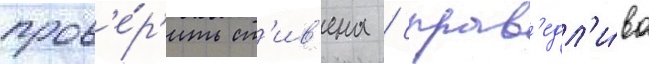
пров'е́р'ить ст'ив'ена / справ'едл'и́во